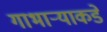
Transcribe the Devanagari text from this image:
गाभार्‍याकडे